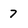
Character: 7